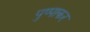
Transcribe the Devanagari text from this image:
पुष्पाकर